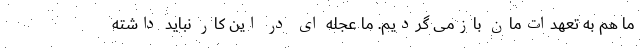
ما هم به تعهدات‌مان بازمی گردیم. ما عجله ای در این کار نباید داشته